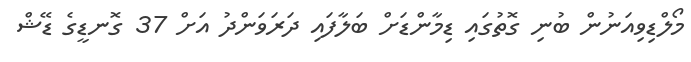
މޯލްޑިވިއަނުން ބުނި ގޮތުގައި ޑިމާންޑަށް ބަލާފައި ދަރަވަންދު އަށް 37 ގޮނޑީގެ ޑޭޝް